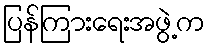
ပြန်ကြားရေးအဖွဲ့က